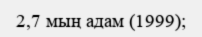
2,7 мың адам (1999);